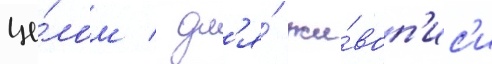
це́лом / дл'я́ жи́воп'ис'и